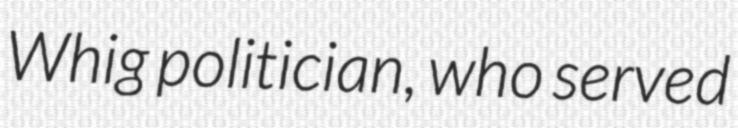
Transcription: Whig politician, who served